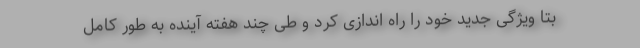
بتا ویژگی جدید خود را راه اندازی کرد و طی چند هفته آینده به طور کامل